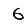
Digit: 6